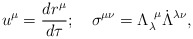
\begin{align*}u^\mu={{dr^\mu}\over{d\tau}};~~~\sigma^{\mu\nu}=\Lambda_{\lambda}^{~\mu}\dot{\Lambda}^{\lambda\nu}, \end{align*}